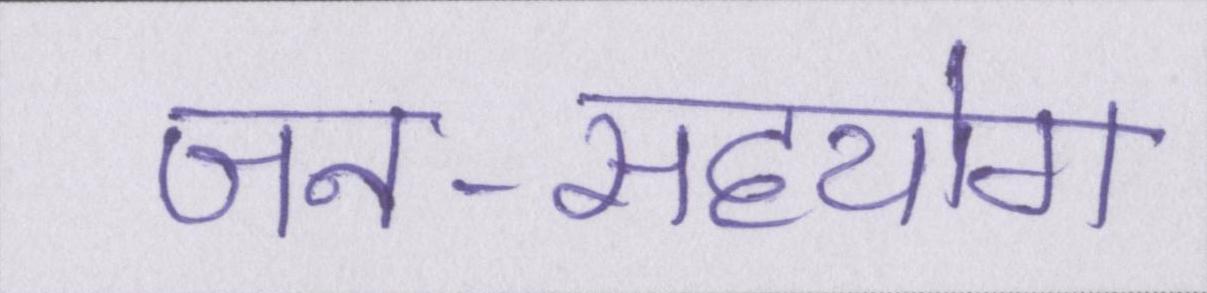
जन-सहयोग